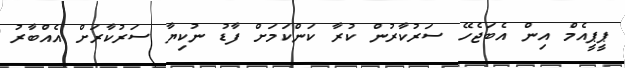
ޕީޕީއެމް އިން އެބަޖެހޭ ސަރުކާރުން ކުރާ ކަންކަމަށް ފާޑު ނުކިޔާ ސަރުކާރަށް އެއްބާރު